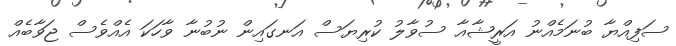
ސަފިއްޔާ ބުނަމެއްނު އަރީޝާއާ ސުވާލު ކުރިޔަސް އަނގައިން ނުބުނާ ވާހަކަ އެއްވެސް ޖަވާބެއް